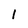
Character: l